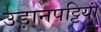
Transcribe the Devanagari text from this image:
उड़ानपट्टियां